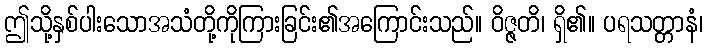
ဤသို့နှစ်ပါးသောအသံတို့ကိုကြားခြင်း၏အကြောင်းသည်။ ဝိဇ္ဇတိ၊ ရှိ၏။ ပရသတ္တာနံ၊